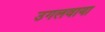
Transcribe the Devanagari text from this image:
उगलवाया